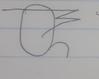
Signature authenticity: forged